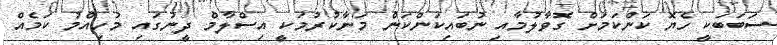
ސަބަބަކީ ހެޔޮ ކަންކަމަށް ގޮވާލުމާއި ނުބައިކަންކަން މަނާކުރުމަކީ އިސްލާމް ދީނުގައި މުހިއްމު ކަމެއް